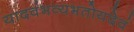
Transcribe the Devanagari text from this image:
यादवंभव्यभतोयदेवं